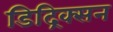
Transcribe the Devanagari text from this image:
डिद्रिक्सन